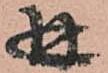
幷